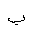
Letter: _ba